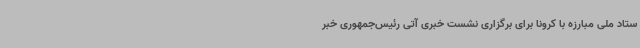
ستاد ملی مبارزه با کرونا برای برگزاری نشست خبری آتی رئیس‌جمهوری خبر